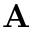
\mathbf { A }